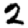
Digit: 2